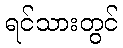
ရင်သားတွင်